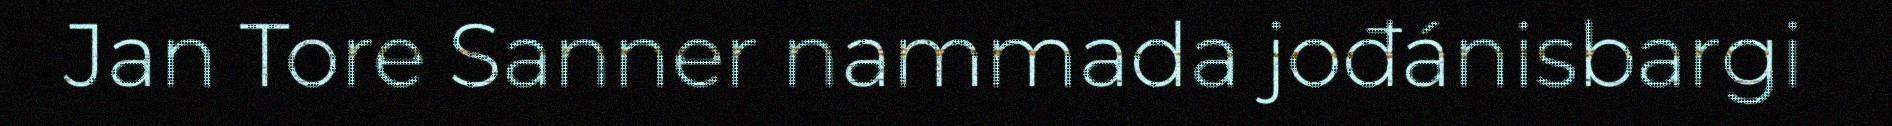
Jan Tore Sanner nammada jođánisbargi